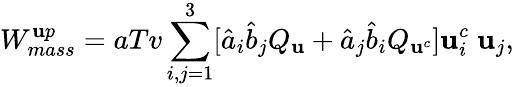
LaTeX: W_{mass}^{\mathbf{u}p}=aTv\sum_{i,j=1}^{3}[\hat{{a}}_{i}\hat{{b}}_{j}Q_{\mathbf{u}}+\hat{{a}}_{j}\hat{{b}}_{i}Q_{\mathbf{u}^{c}}]\mathbf{u}_{i}^{c}\; \mathbf{u}_{j},